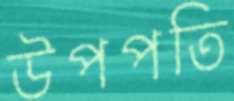
উপপতি